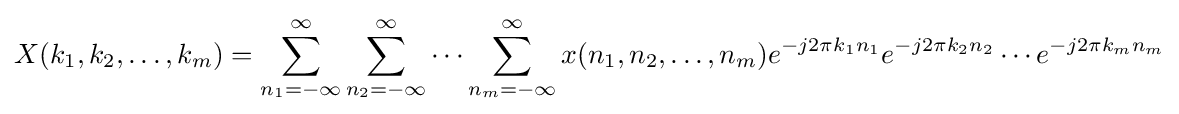
X(k_{1},k_{2},\dots ,k_{m})=\sum _{n_{1}=-\infty }^{\infty }\sum _{n_{2}=-\infty }^{\infty }\cdots \sum _{n_{m}=-\infty }^{\infty }x(n_{1},n_{2},\dots ,n_{m})e^{-j2\pi k_{1}n_{1}}e^{-j2\pi k_{2}n_{2}}\cdots e^{-j2\pi k_{m}n_{m}}